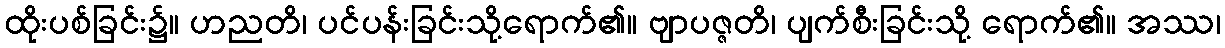
ထိုးပစ်ခြင်း၌။ ဟညတိ၊ ပင်ပန်းခြင်းသို့ရောက်၏။ ဗျာပဇ္ဇတိ၊ ပျက်စီးခြင်းသို့ ရောက်၏။ အဿ၊